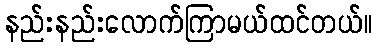
နည်းနည်းလောက်ကြာမယ်ထင်တယ်။